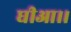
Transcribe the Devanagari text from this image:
घीआ।।